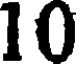
10